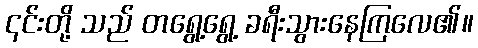
၎င်းတို့ သည် တရွေ့ရွေ့ ခရီးသွားနေကြလေ၏။